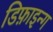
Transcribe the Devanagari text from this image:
डिफ़ाइन्ग